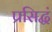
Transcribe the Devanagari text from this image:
प्रसिद्धं